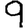
Digit: 9